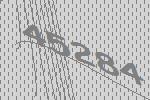
45284